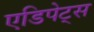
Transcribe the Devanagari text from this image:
एडिपेट्स